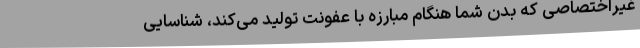
غیراختصاصی که بدن شما هنگام مبارزه با عفونت تولید می‌کند، شناسایی